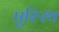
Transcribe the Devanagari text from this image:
पुश्‍रिथ